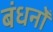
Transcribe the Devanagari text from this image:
बंधनोँ